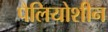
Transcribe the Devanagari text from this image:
पैलियोशीन